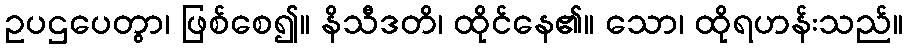
ဥပဌပေတွာ၊ ဖြစ်စေ၍။ နိသီဒတိ၊ ထိုင်နေ၏။ သော၊ ထိုရဟန်းသည်။